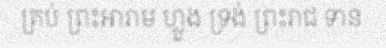
គ្រប់ ព្រះអារាម ហ្លួង ទ្រង់ ព្រះរាជ ទាន